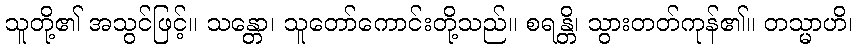
သူတို့၏ အသွင်ဖြင့်။ သန္တော၊ သူတော်ကောင်းတို့သည်။ စရန္တိ၊ သွားတတ်ကုန်၏။ တသ္မာဟိ၊